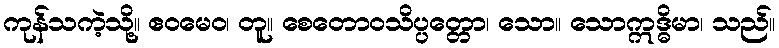
ကုန်သကဲ့သို့။ ဧဝမေဝ၊ တူ။ စေတောဝသိပ္ပတ္တော၊ သော။ သောဣဒ္ဓိမာ၊ သည်။